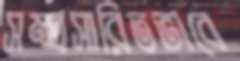
সম্প্রসারিতভাবে